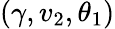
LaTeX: (\gamma,v_{2},\theta_{1})